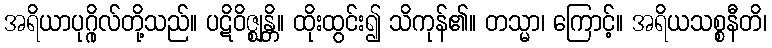
အရိယာပုဂ္ဂိုလ်တို့သည်။ ပဋိဝိဇ္ဈန္တိ။ ထိုးထွင်း၍ သိကုန်၏။ တသ္မာ၊ ကြောင့်။ အရိယသစ္စနီတိ၊